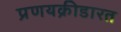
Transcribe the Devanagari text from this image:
प्रणयक्रीडारत